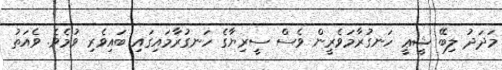
މަދަދު ލިބޭ ޝީޢީ ހަނގުރާމަވެރީން ވެސް ސީރިޔާގެ ހަނގުރާމައިގައި ބައިވެރި ވުމެވެ. ވެއަތު